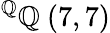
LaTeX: ^{\mathbb{Q}}\mathbb{Q}\ (7,7)